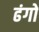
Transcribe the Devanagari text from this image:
ढंगो